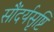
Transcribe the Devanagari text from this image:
सौंदर्यसृष्टि